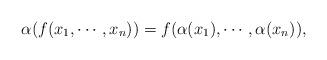
LaTeX: \begin{align*}\alpha(f(x_1,\cdots,x_{n}))=f(\alpha(x_1),\cdots,\alpha(x_{n})),\end{align*}